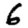
Digit: 6